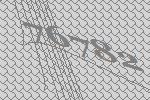
76782